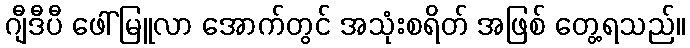
ဂျီဒီပီ ဖေါ်မြူလာ အောက်တွင် အသုံးစရိတ် အဖြစ် တွေ့ရသည်။